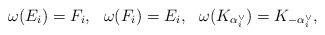
LaTeX: \begin{align*}\begin{array}{lll}\omega(E_i)=F_i,& \omega(F_i)=E_i,& \omega(K_{\alpha_i^{\vee}})=K_{-\alpha_i^{\vee}},\end{array}\end{align*}